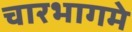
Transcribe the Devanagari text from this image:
चारभागमे